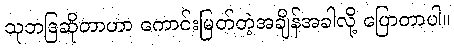
သုဘဒြဆိုတာဟာ ကောင်းမြတ်တဲ့အချိန်အခါလို့ ပြောတာပါ။